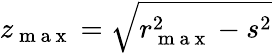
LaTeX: z_{\mathrm{~m~a~x~}}=\sqrt{r_{\mathrm{~m~a~x~}}^{2}-s^{2}}